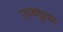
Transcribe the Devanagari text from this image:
उच्चध्रुवण